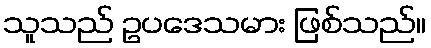
သူသည် ဥပဒေသမား ဖြစ်သည်။